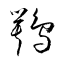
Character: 鶚